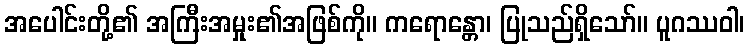
အပေါင်းတို့၏ အကြီးအမှုး၏အဖြစ်ကို။ ကရောန္တော၊ ပြုသည်ရှိသော်။ ပူဂဿဝါ၊